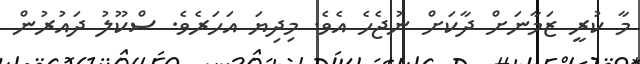
މާ ކުރީ ޒަމާނަށް ދާކަށް ނުޖެހެ އެވެ. މިދިޔަ އަހަރެވެ. ސްކޫލު ދައުރުން